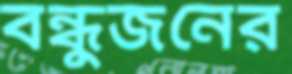
বন্ধুজনের